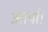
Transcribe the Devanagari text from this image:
आर्या।